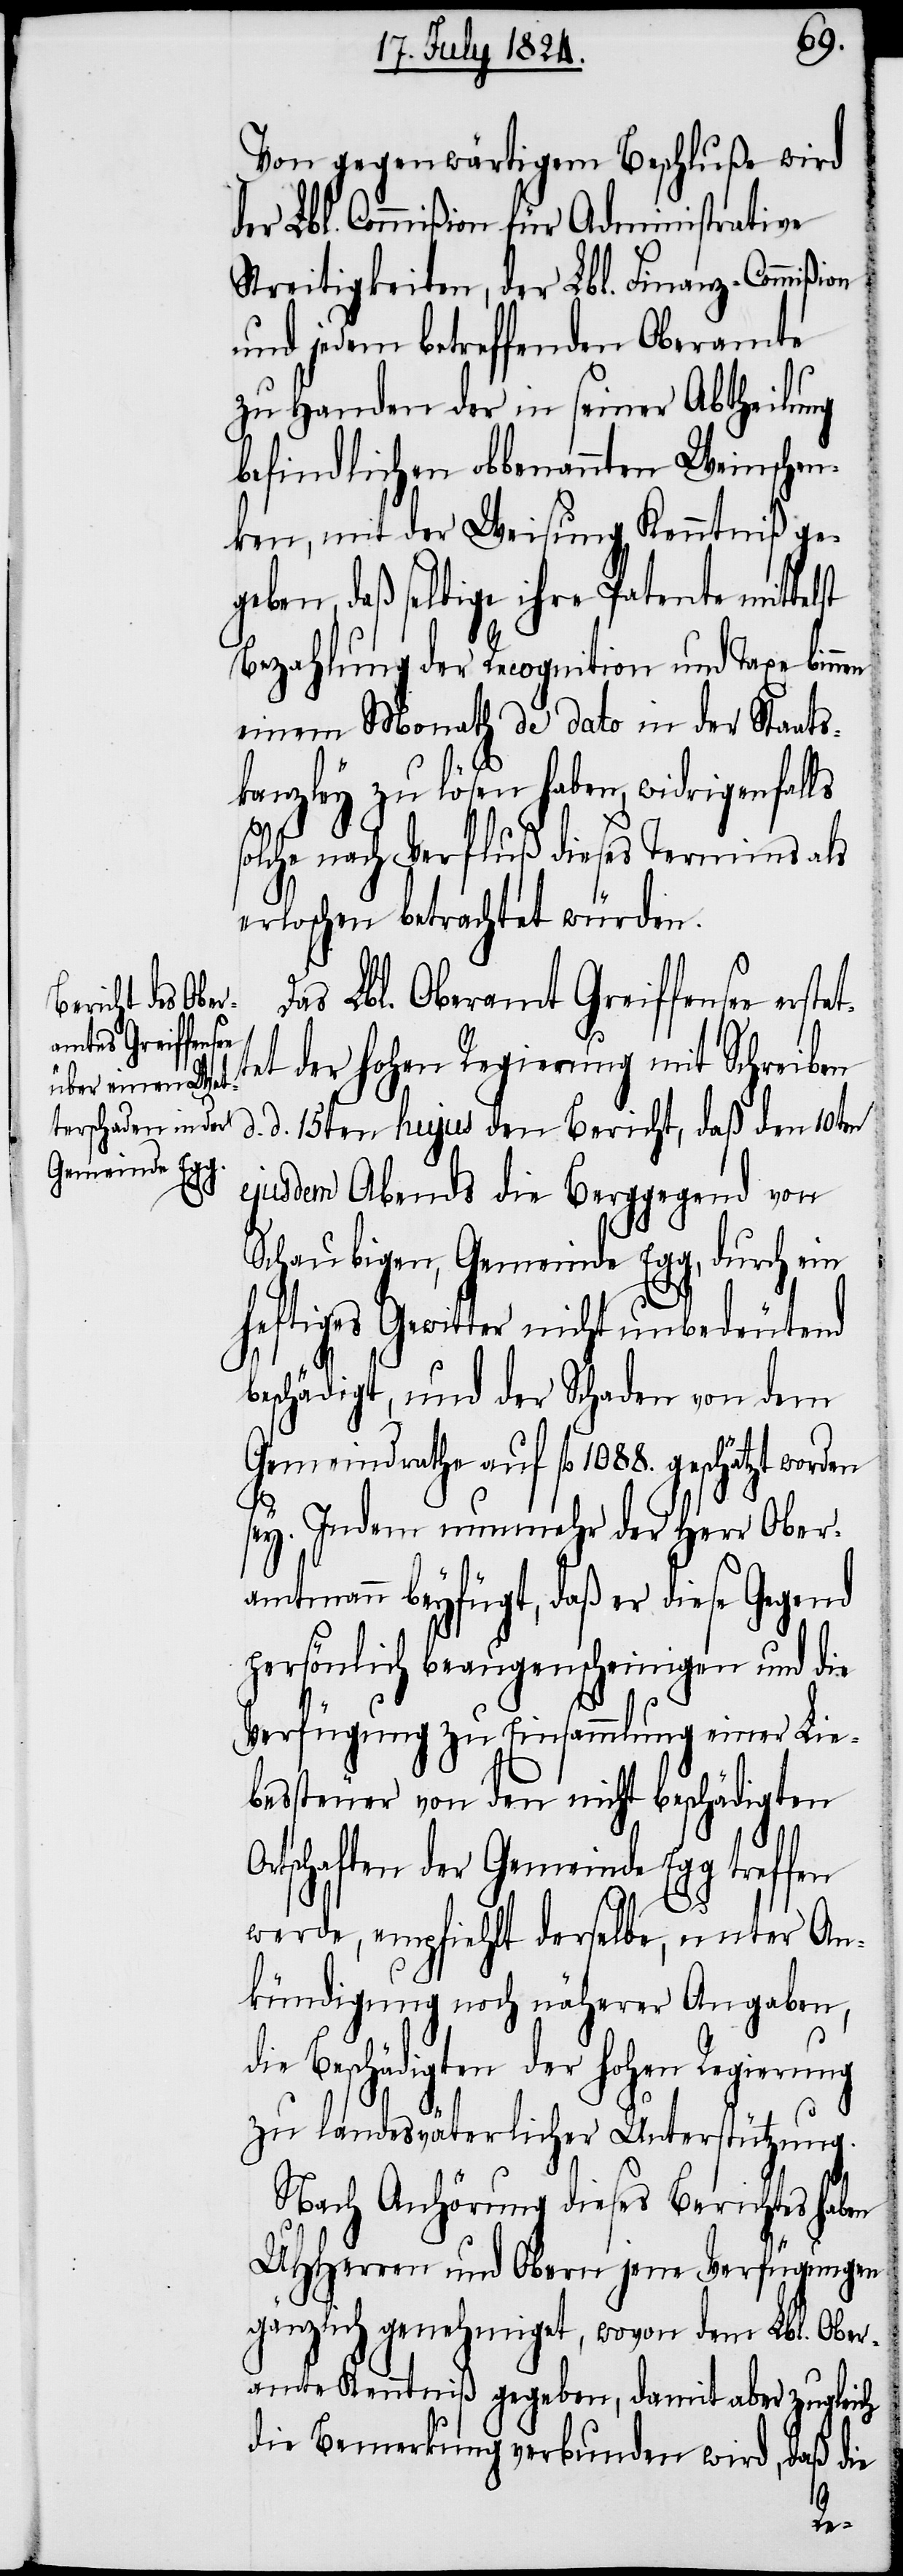
Gemeinde Egg

Von gegenwärtigem Beschluße wird
der Lbl. Commißion für Administrative
Streitigkeiten, der Lbl. Finanz-Commißion
und jedem betreffenden Oberamte
zu Handen der in seiner Abtheilung
befindlichen obbenannten Weinschen¬
ken, mit der Weisung Kenntniß ge¬
geben, daß selbige ihre Patente mittel¬
Bezahlung der Recognition und Taxe binnen
einem Monath de dato in der Staats¬
kanzley zu lösen haben, widrigenfalls
olche nach Verfluß dieses Termins als
erloschen betrachtet würden.
Das Lbl. Oberamt Greiffensee er¬
tet der hohen Regierung mit Schreiben
d. 15ten hujus den Bericht, daß den 10ten
ejusdem Abends die Berggegend von
Schaubigen, Gemeinde Egg, durch ein
heftiges Gewitter nicht unbedeutend
s¬
beschädigt, und der Schaden von dem
Gemeindrathe auf fl. 1088. geschätzt worden
sey. Indem nunmehr der Herr Ober¬
amtmann beyfügt, daß er diese Gegend
persönlich beaugenscheinigen und die
stat¬
Verfügung zu Einsammlung einer Lie¬
bessteuer von den nicht beschädigten
werde, empfiehlt derselbe, unter An¬
kündigung noch näherer Angaben,
Beschädigten der hohen Regierung
zu landesväterlicher Unterstützung.
Nach Anhörung dieses Berichts haben
UHHerren und Obern jene Verfügungen
gänzlich genehmigt, wovon dem Lbl. Ober¬
amte Kenntniß gegeben, damit aber zugleich
die Bemerkung verbunden wird, daß die
der